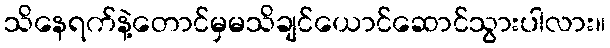
သိနေရက်နဲ့တောင်မှမသိချင်ယောင်ဆောင်သွားပါလား။